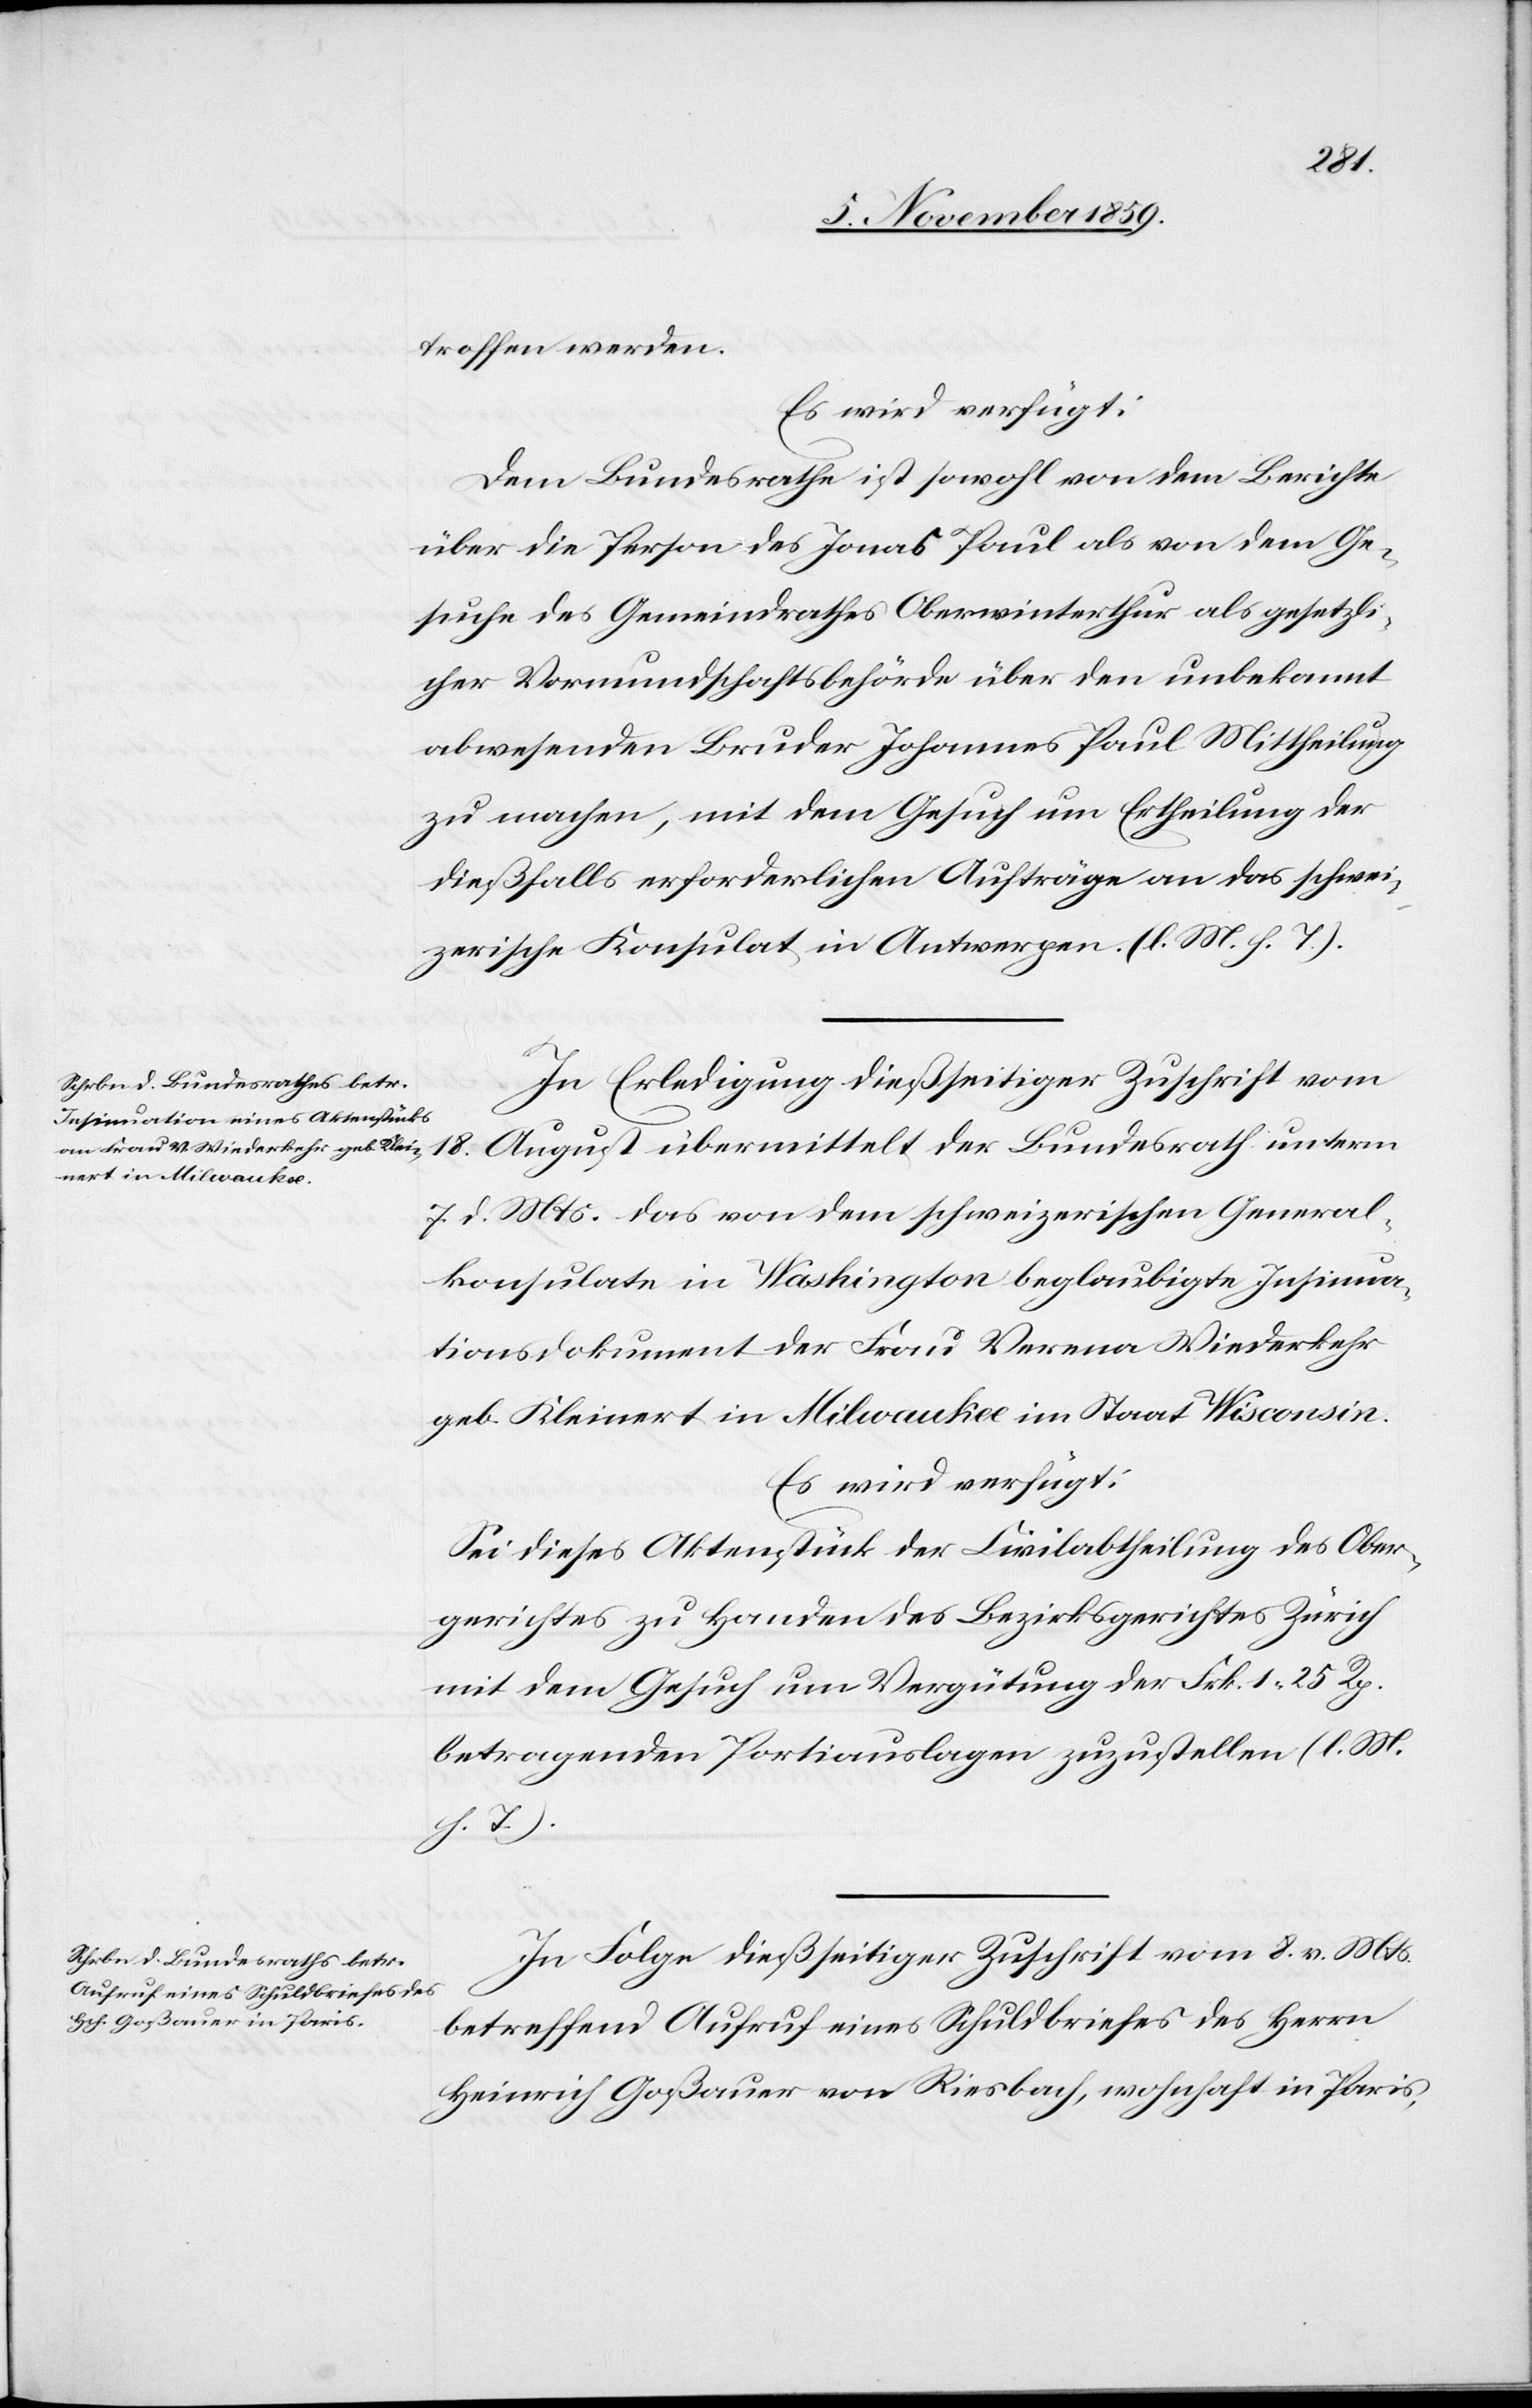
18.
8. Novemb. 1859.]
troffen werden.
Dem Bundesrathe ist sowohl von dem Berichte
über die Person des Jonas Paul als von dem Ge¬
suche des Gemeindrathes Oberwinterthur als gesetzli¬
cher Vormundschaftsbehörde über den unbekannt
abwesenden Bruder Johannes Paul Mittheilung
zu machen, mit dem Gesuch um Ertheilung der
dießfalls erforderlichen Aufträge an das schwei¬
zerische Konsulat in Antwerpen. (l. M. h. T.).
In Erledigung dießseitiger Zuschrift vom
7. d. Mts. das von dem schweizerischen General¬
konsulat in Washington beglaubigte Insinua¬
tionsdokument der Frau Verena Wiederkehr
geb. Kleinert in Milwaukee im Staat Wisconsin.
Es wird verfügt:
Sei dieses Aktenstück der Civilabtheilung des Ober¬
gerichtes zu Handen des Bezirksgerichtes Zürich
mit dem Gesuch um Vergütung der Frk. 1 25 Rp.
betragenden Portiauslagen zuzustellen (l. M.
h. T.).
In Folge dießseitiger Zuschrift vom 8. v. Mts.
betreffend Aufruf eines Schuldbriefes des Herrn
Heinrich Goßauer von Riesbach, wohnhaft in Paris,